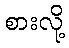
စားလို့